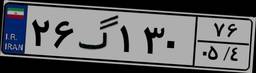
۳۳گ۷۳۴۴۲